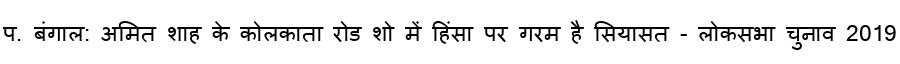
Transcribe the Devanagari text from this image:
प. बंगाल: अमित शाह के कोलकाता रोड शो में हिंसा पर गरम है सियासत - लोकसभा चुनाव 2019